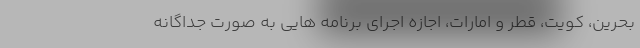
بحرین، کویت، قطر و امارات، اجازه اجرای برنامه هایی به صورت جداگانه